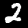
Digit: 2